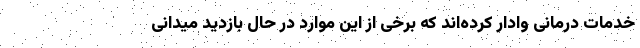
خدمات درمانی وادار کرده‌اند که برخی از این موارد در حال بازدید میدانی